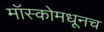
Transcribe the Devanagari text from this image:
मॉस्कोमधूनच